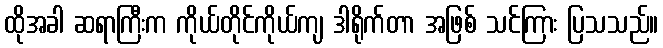
ထိုအခါ ဆရာကြီးက ကိုယ်တိုင်ကိုယ်ကျ ဒါရိုက်တာ အဖြစ် သင်ကြား ပြသသည်။